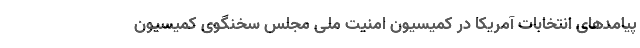
پیامدهای انتخابات آمریکا در کمیسیون امنیت ملی مجلس سخنگوی کمیسیون